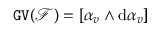
\mathtt { G V } ( { \mathcal F } ) = [ \alpha _ { v } \wedge \mathrm { d } \alpha _ { v } ]